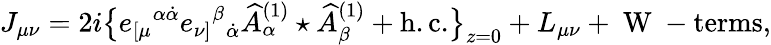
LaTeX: J_{\mu\nu}=2i\big\{ e_{[\mu}{}^{\alpha\dot{\alpha}}e_{\nu]}{}^{\beta}{}_{\dot{\alpha}}\widehat A_{\alpha}^{(1)}\star\widehat A_{\beta}^{(1)}+\mathrm{h.c.}\big\} _{z=0}+L_{\mu\nu}+\mathrm{~W~-terms},